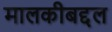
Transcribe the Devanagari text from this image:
मालकीबद्दल